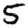
Digit: 5